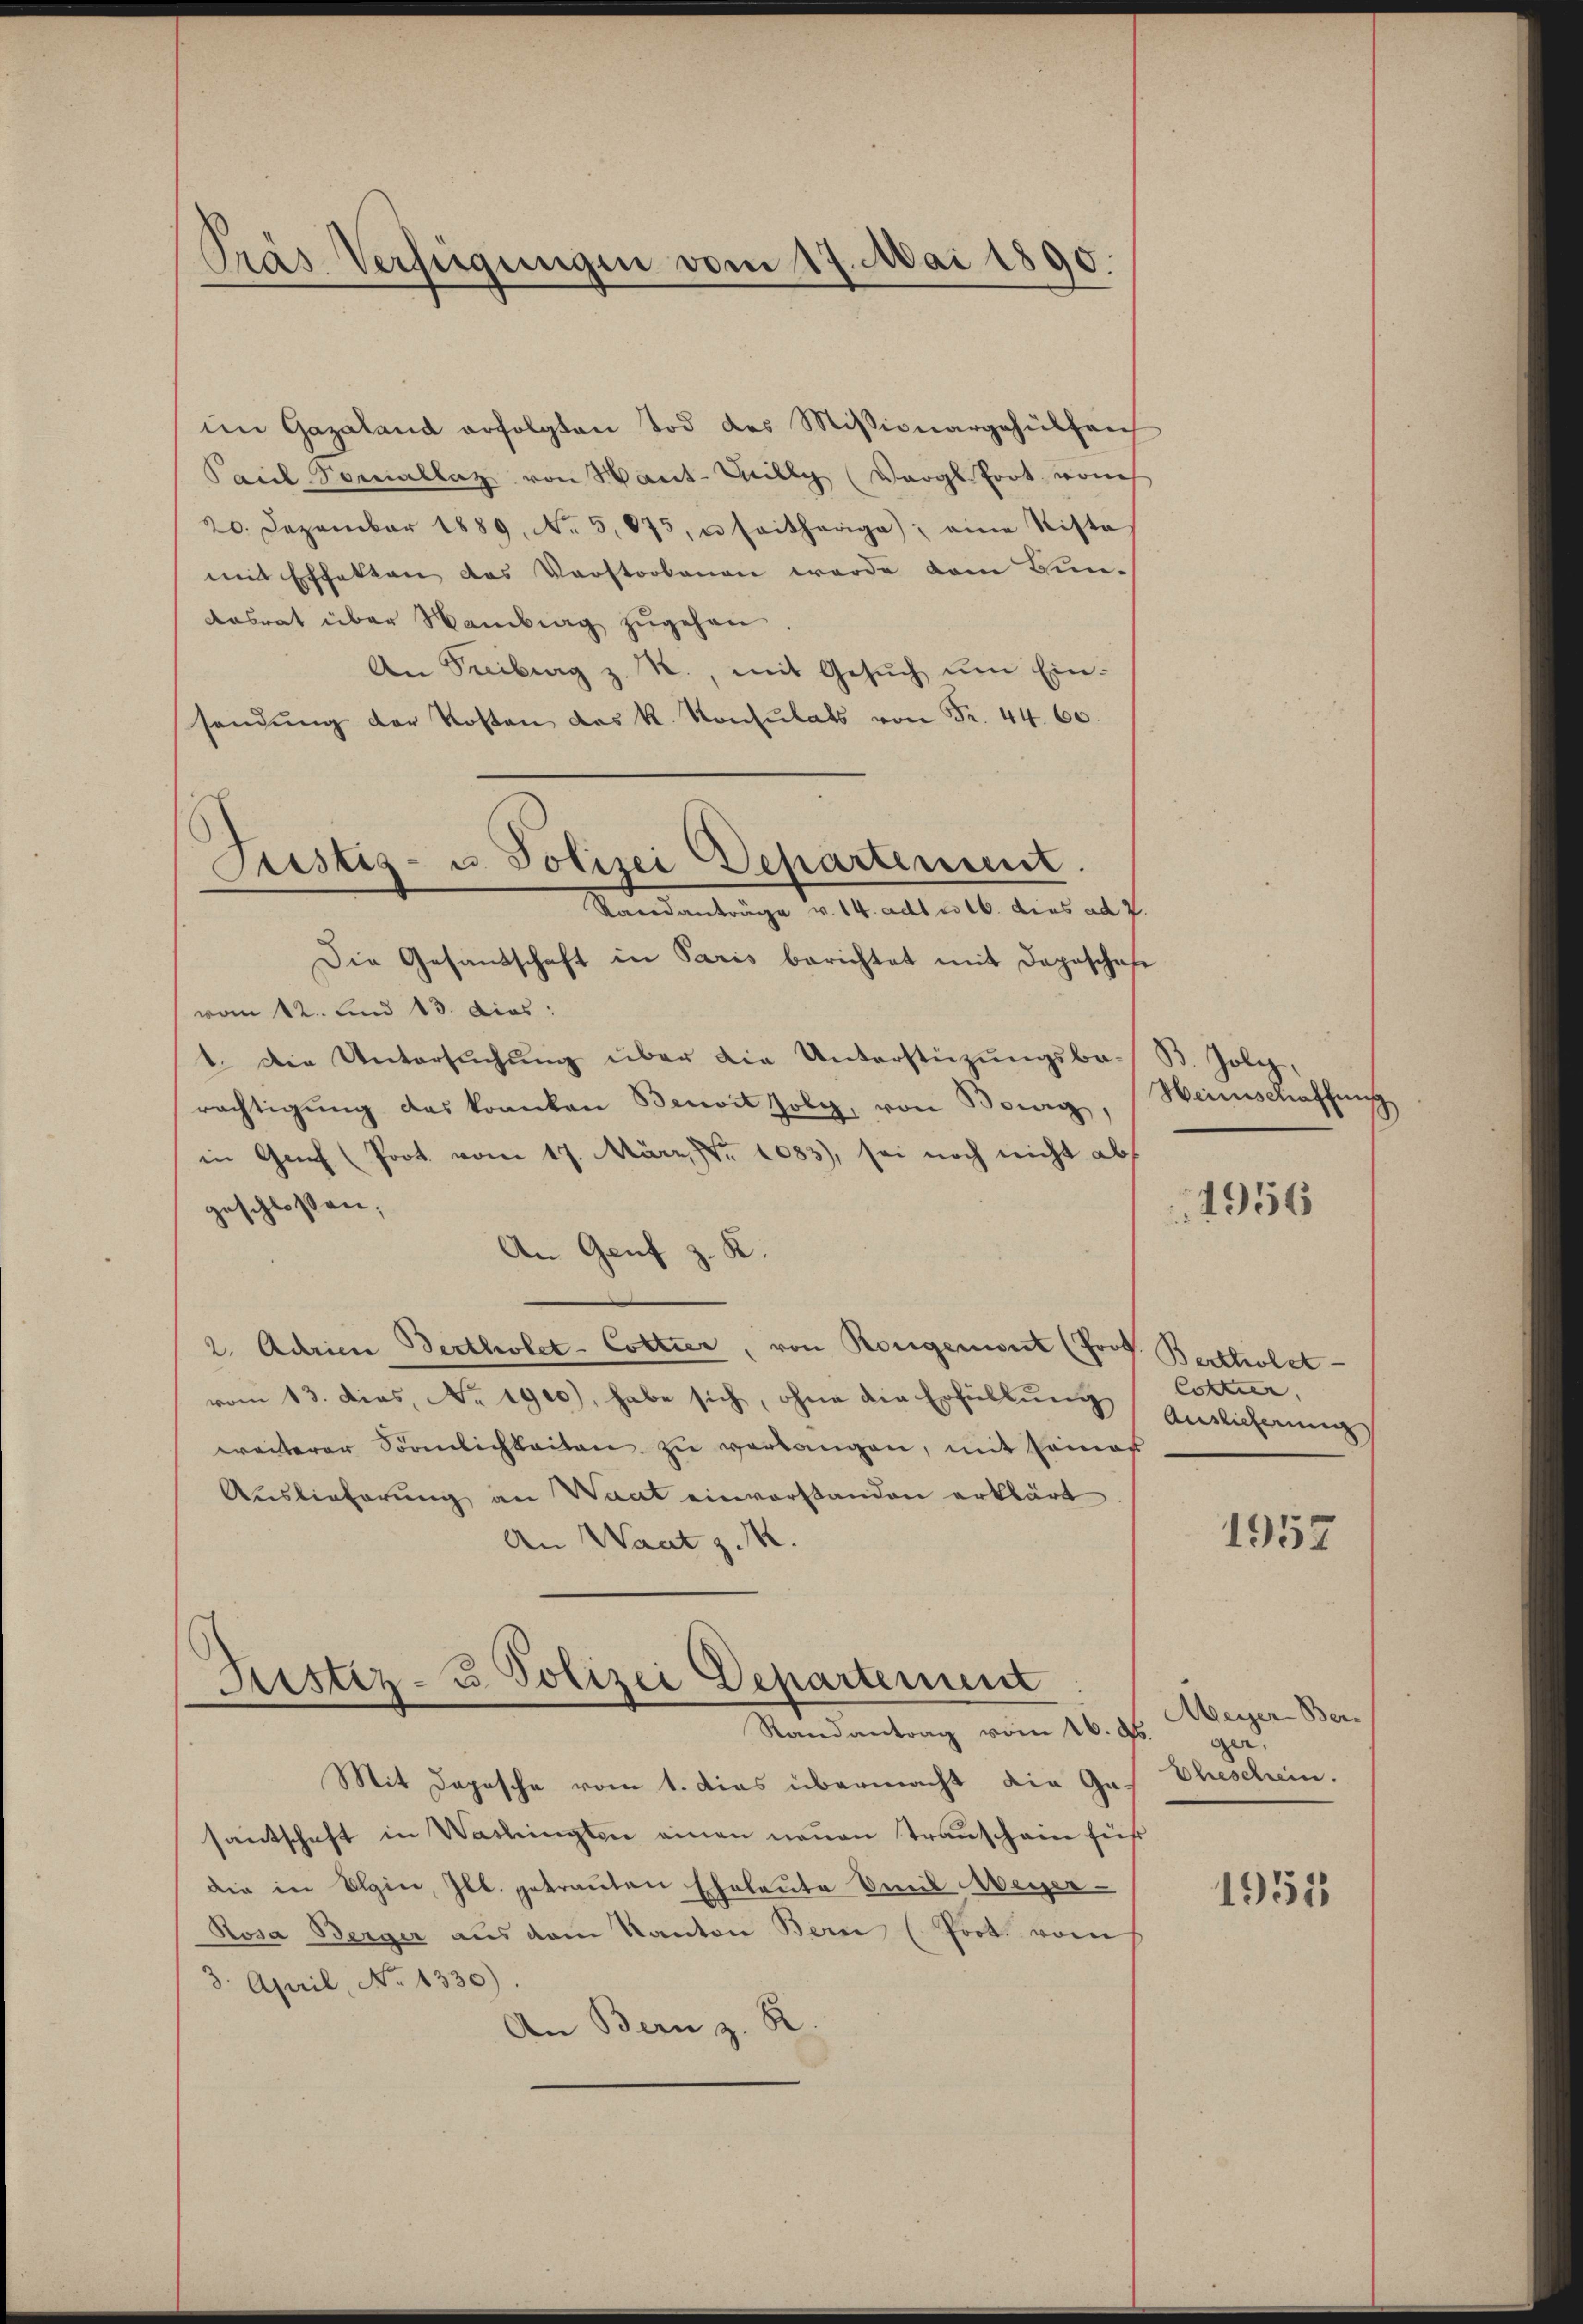
Pras Verfügungen vom 17. Mai 1890.

Justiz- u. Polizei Departement.
Standanträge v. 14. ad 16. dies ad 7.

im Gazaland erfolgten Tod des Missionargehülfre
Pail-Soniallaz von Haut- Willy (Vergl. fort von
20. Dezember 1889. No. 5875, u. seitherige; eine Siste
mit Effekten das Vorstorbenen werde vom Bun¬
Aesrat über Wambiag zugehen
An Freiburg z. R., mit Gesuch um Einsendŭng der Kosten das k. Konsulats von Fr. 44. 60.
Die Gesandschaft in Paris berichtet mit dageschafe
vom 12. und 13. dies:
1. Die Untersuchung über die Unterstüzungsbe-
rächtigung des kranken Benoit folg, von Bourg,
in Genf (Prot. vom 17. März, Nr. 1083), sei noch nicht abs
geschlossen,
An Genf z. K.
2. Adrien Bertholet-Cottier, von Rongeniert (Joof. Beckholet
vom 13. dies, No 1900), habe sich, ohne die Erfüllung
weiterer Sörnlichkeiten zu verlangen, mit Rainof
Aŭslieferŭng an Want einverstanden erklärt.
An Waat z. K.
Justiz- u. Polizei Departement
Randantrag vom 16. d.
Mit Depesche vom 1. Dies übermacht die Ges Eheschein.
santschaft in Washingten einen neuen Transchain führ
die in Olgin, Ill. getrauten Eheleute Emil Meyer¬
Rosa Berger aus dem Kanton Bern (Prot. vom
3. April, No 1330).
An Bern z. R.

B. Joly,
Heimischaffung

4956

Cottier,
Auslieferung

1957

Meyer-Berger. |

1955